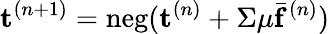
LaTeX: \mathbf{t}^{(n+1)}=\mathrm{neg}({\mathbf{t}^{(n)}+\Sigma\mu\bar{\mathbf{f}}^{(n)}})